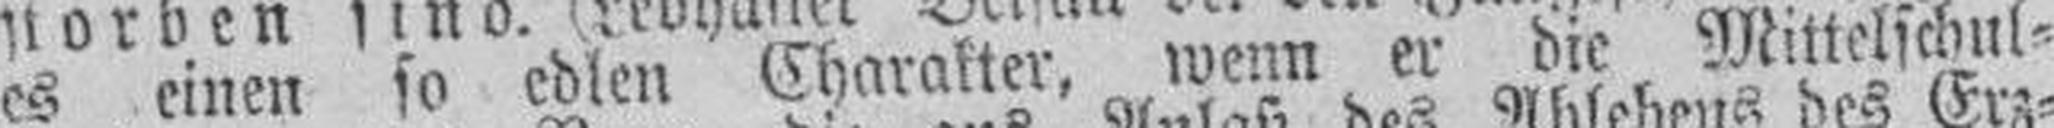
es einen so edlen Charakter wenn er die Mittelschul¬